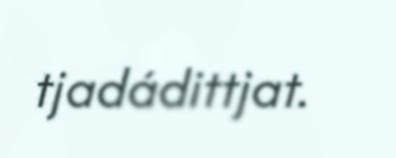
tjadádittjat.